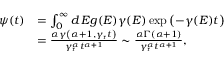
\begin{array} { r l } { \psi ( t ) } & { = \int _ { 0 } ^ { \infty } d \, E g ( E ) \gamma ( E ) \exp \left( - \gamma ( E ) t \right) } \\ & { = \frac { \alpha \gamma \left( \alpha + 1 , \gamma _ { \mathrm { r } } t \right) } { \gamma _ { \mathrm { r } } ^ { \alpha } t ^ { \alpha + 1 } } \sim \frac { \alpha \Gamma \left( \alpha + 1 \right) } { \gamma _ { \mathrm { r } } ^ { \alpha } t ^ { \alpha + 1 } } , } \end{array}